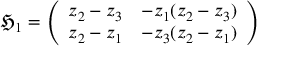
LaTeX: { \mathfrak { H } } _ { 1 } = { \left( \begin{array} { l l } { z _ { 2 } - z _ { 3 } } & { - z _ { 1 } ( z _ { 2 } - z _ { 3 } ) } \\ { z _ { 2 } - z _ { 1 } } & { - z _ { 3 } ( z _ { 2 } - z _ { 1 } ) } \end{array} \right) }